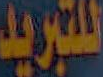
للتبريد